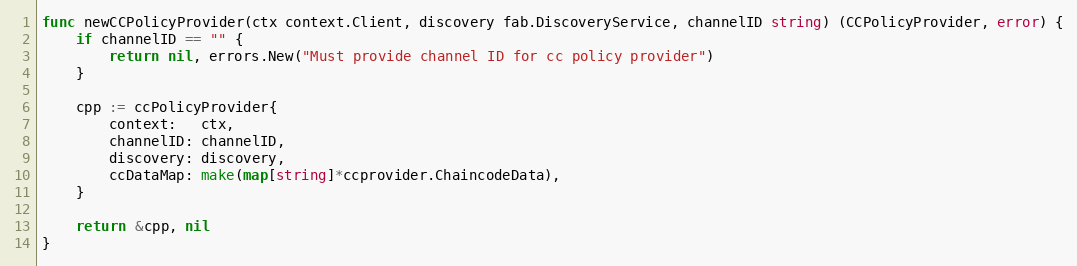
Language: Go
func newCCPolicyProvider(ctx context.Client, discovery fab.DiscoveryService, channelID string) (CCPolicyProvider, error) {
	if channelID == "" {
		return nil, errors.New("Must provide channel ID for cc policy provider")
	}

	cpp := ccPolicyProvider{
		context:   ctx,
		channelID: channelID,
		discovery: discovery,
		ccDataMap: make(map[string]*ccprovider.ChaincodeData),
	}

	return &cpp, nil
}